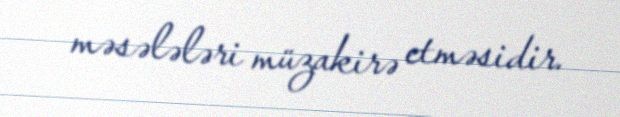
məsələləri müzakirə etməsidir.